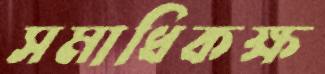
সমাধিকক্ষ